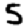
Digit: 5